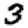
Digit: 3